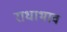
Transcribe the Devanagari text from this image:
राधाभाव